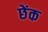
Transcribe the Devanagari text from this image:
छेंक